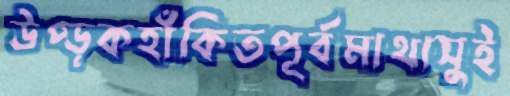
উপ্‌ড়কহাঁকিতপূর্বমাথাসুই